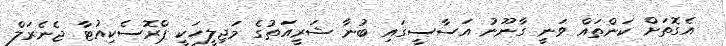
އެގޮތަށް ކަންތައް ވަނީ ގާނޫނު އަސާސީގައި ބުނާ ޝަރީއަތުގެ މަޖިލީހަކީ ޕްރޮސެކިއުޓާ ޖެނެރަލް